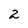
Character: 2